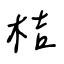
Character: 桔